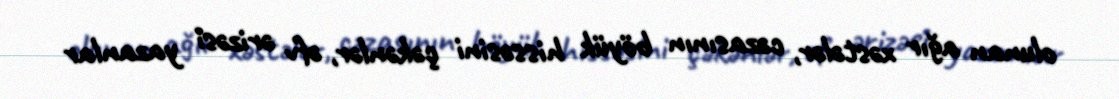
olunan ağır xəstələr, cəzasının böyük hissəsini çəkənlər, əfv ərizəsi yazanlar